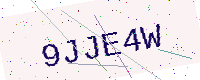
Text: 9JJE4W